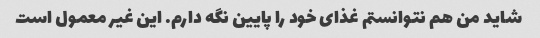
شاید من هم نتوانستم غذای خود را پایین نگه دارم. این غیر معمول است